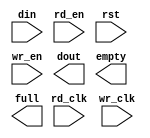
module rxlengthfifo_128x13(
	din,
	rd_clk,
	rd_en,
	rst,
	wr_clk,
	wr_en,
	dout,
	empty,
	full);


input [12 : 0] din;
input rd_clk;
input rd_en;
input rst;
input wr_clk;
input wr_en;
output [12 : 0] dout;
output empty;
output full;

// synthesis translate_off

      FIFO_GENERATOR_V3_2 #(
		.C_COMMON_CLOCK(0),
		.C_COUNT_TYPE(0),
		.C_DATA_COUNT_WIDTH(2),
		.C_DEFAULT_VALUE("BlankString"),
		.C_DIN_WIDTH(13),
		.C_DOUT_RST_VAL("0"),
		.C_DOUT_WIDTH(13),
		.C_ENABLE_RLOCS(0),
		.C_FAMILY("virtex2p"),
		.C_HAS_ALMOST_EMPTY(0),
		.C_HAS_ALMOST_FULL(0),
		.C_HAS_BACKUP(0),
		.C_HAS_DATA_COUNT(0),
		.C_HAS_MEMINIT_FILE(0),
		.C_HAS_OVERFLOW(0),
		.C_HAS_RD_DATA_COUNT(0),
		.C_HAS_RD_RST(0),
		.C_HAS_RST(1),
		.C_HAS_SRST(0),
		.C_HAS_UNDERFLOW(0),
		.C_HAS_VALID(0),
		.C_HAS_WR_ACK(0),
		.C_HAS_WR_DATA_COUNT(0),
		.C_HAS_WR_RST(0),
		.C_IMPLEMENTATION_TYPE(2),
		.C_INIT_WR_PNTR_VAL(0),
		.C_MEMORY_TYPE(1),
		.C_MIF_FILE_NAME("BlankString"),
		.C_OPTIMIZATION_MODE(0),
		.C_OVERFLOW_LOW(0),
		.C_PRELOAD_LATENCY(1),
		.C_PRELOAD_REGS(0),
		.C_PRIM_FIFO_TYPE("1kx18"),
		.C_PROG_EMPTY_THRESH_ASSERT_VAL(5),
		.C_PROG_EMPTY_THRESH_NEGATE_VAL(6),
		.C_PROG_EMPTY_TYPE(0),
		.C_PROG_FULL_THRESH_ASSERT_VAL(126),
		.C_PROG_FULL_THRESH_NEGATE_VAL(125),
		.C_PROG_FULL_TYPE(0),
		.C_RD_DATA_COUNT_WIDTH(2),
		.C_RD_DEPTH(128),
		.C_RD_FREQ(125),
		.C_RD_PNTR_WIDTH(7),
		.C_UNDERFLOW_LOW(0),
		.C_USE_FIFO16_FLAGS(0),
		.C_VALID_LOW(0),
		.C_WR_ACK_LOW(0),
		.C_WR_DATA_COUNT_WIDTH(2),
		.C_WR_DEPTH(128),
		.C_WR_FREQ(125),
		.C_WR_PNTR_WIDTH(7),
		.C_WR_RESPONSE_LATENCY(1))
	inst (
		.DIN(din),
		.RD_CLK(rd_clk),
		.RD_EN(rd_en),
		.RST(rst),
		.WR_CLK(wr_clk),
		.WR_EN(wr_en),
		.DOUT(dout),
		.EMPTY(empty),
		.FULL(full),
		.CLK(),
		.BACKUP(),
		.BACKUP_MARKER(),
		.PROG_EMPTY_THRESH(),
		.PROG_EMPTY_THRESH_ASSERT(),
		.PROG_EMPTY_THRESH_NEGATE(),
		.PROG_FULL_THRESH(),
		.PROG_FULL_THRESH_ASSERT(),
		.PROG_FULL_THRESH_NEGATE(),
		.RD_RST(),
		.SRST(),
		.WR_RST(),
		.ALMOST_EMPTY(),
		.ALMOST_FULL(),
		.DATA_COUNT(),
		.OVERFLOW(),
		.PROG_EMPTY(),
		.PROG_FULL(),
		.VALID(),
		.RD_DATA_COUNT(),
		.UNDERFLOW(),
		.WR_ACK(),
		.WR_DATA_COUNT());


// synthesis translate_on

endmodule